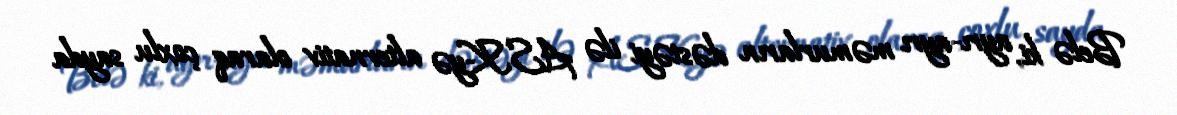
Belə ki, ayrı-ayrı məmurların dəstəyi ilə ASK-yə alternativ olaraq çoxlu sayda